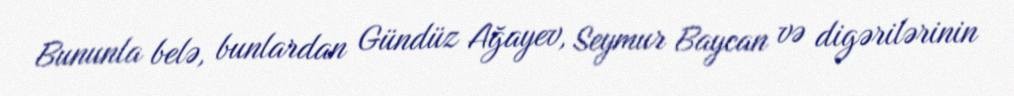
Bununla belə, bunlardan Gündüz Ağayev, Seymur Baycan və digərilərinin